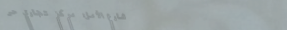
شارع الأمل: مركز تجاري حي